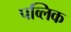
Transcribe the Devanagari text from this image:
पव्लिक